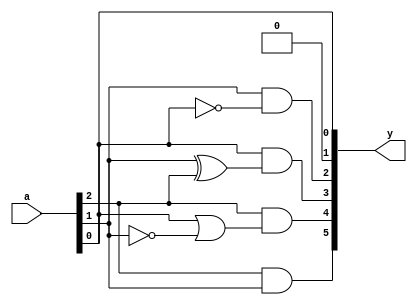

module squarer(y,a);
output [5:0]y;
input [2:0]a;
assign y[0]=a[0];
assign y[1]=0;
assign y[2]=a[1]&&~a[0];
assign y[3]=a[0]&&(a[1]^^a[2]);
assign y[4]=a[2]&&(a[0]||~a[1]);
assign y[5]=a[2]&&a[1];
endmodule